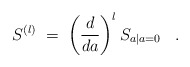
\begin{align*}S^{(l)} \;=\; \left( \frac{d}{da} \right)^l S_{a | a=0} \;\;\; . \end{align*}